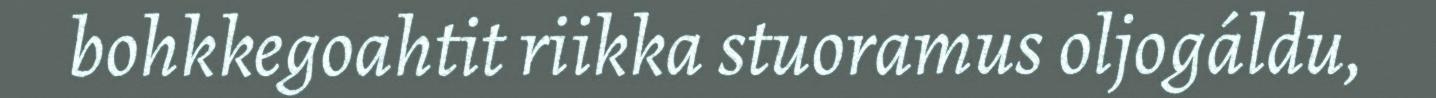
bohkkegoahtit riikka stuoramus oljogáldu,